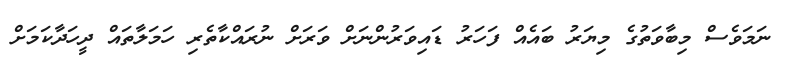
ނަމަވެސް މިބާވަތުގެ މިޔަރު ބައެއް ފަހަރު ޑައިވަރުންނަށް ވަރަށް ނުރައްކާތެރި ހަމަލާތައް ދީހަދާކަމަށް